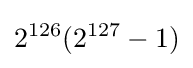
2^{126}(2^{127}-1)